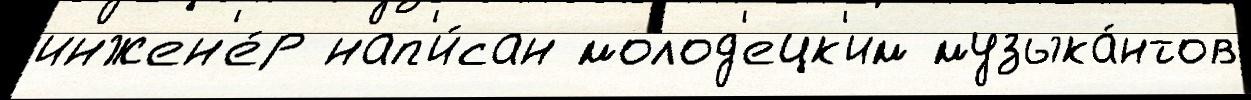
инжен'е́р нап'и́сан молод'ецк'им музыка́нтов